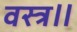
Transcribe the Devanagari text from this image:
वस्त्र॥